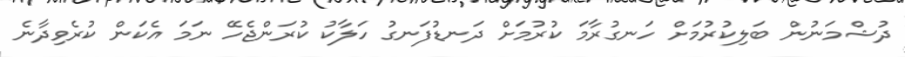
ދުޝްމަނުން ބަލިކުރުމަށް ހަނގުރާމަ ކުރުމަށް ދަނޑުފަނގު ހަލާކު ކުރަންޖެހޭ ނަމަ އެކަން ކުރެވިދާނެ